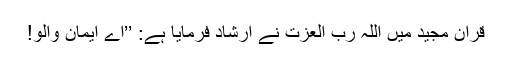
قرآن مجید میں اللہ رب العزت نے ارشاد فرمایا ہے: ’’اے ایمان والو!